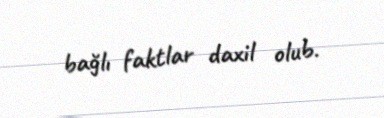
bağlı faktlar daxil olub.